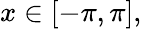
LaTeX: x\in[-\pi,\pi],